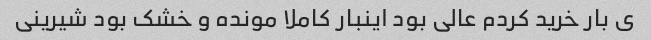
ی بار خرید کردم عالی بود اینبار کاملا مونده و خشک بود شیرینی